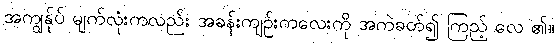
အကျွန်ုပ် မျက်လုံးကလည်း အခန်းကျဉ်းကလေးကို အကဲခတ်၍ ကြည့် လေ ၏။